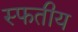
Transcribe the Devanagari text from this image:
स्फतीय